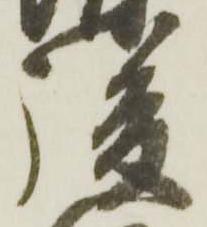
後